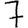
Digit: 7